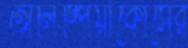
অলিম্পিয়াকোসের